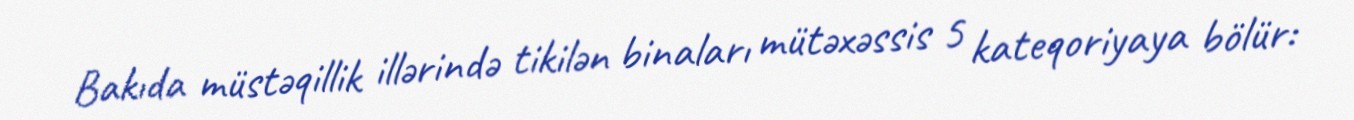
Bakıda müstəqillik illərində tikilən binaları mütəxəssis 5 kateqoriyaya bölür: